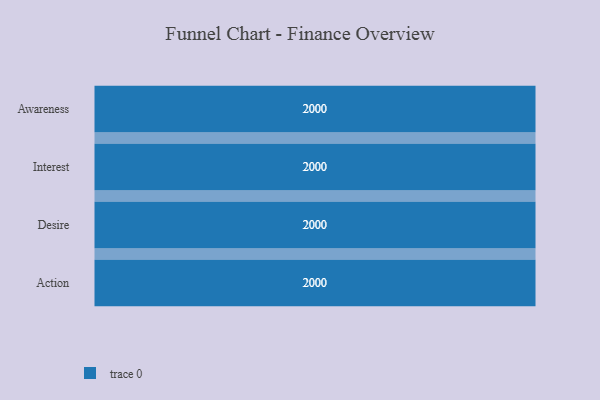
{"axis": {"x": "Stage", "y": "Value"}, "legend": [""], "data": [{"x": "Awareness", "y": 2000, "type": ""}, {"x": "Interest", "y": 2000, "type": ""}, {"x": "Desire", "y": 2000, "type": ""}, {"x": "Action", "y": 2000, "type": ""}]}